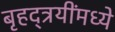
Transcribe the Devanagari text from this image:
बृहद्त्रयींमध्ये